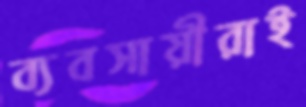
ব্যবসায়ীরাই